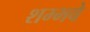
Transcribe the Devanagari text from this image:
शम्भवे